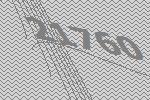
21760